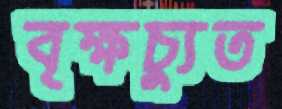
বৃক্ষচ্যুত